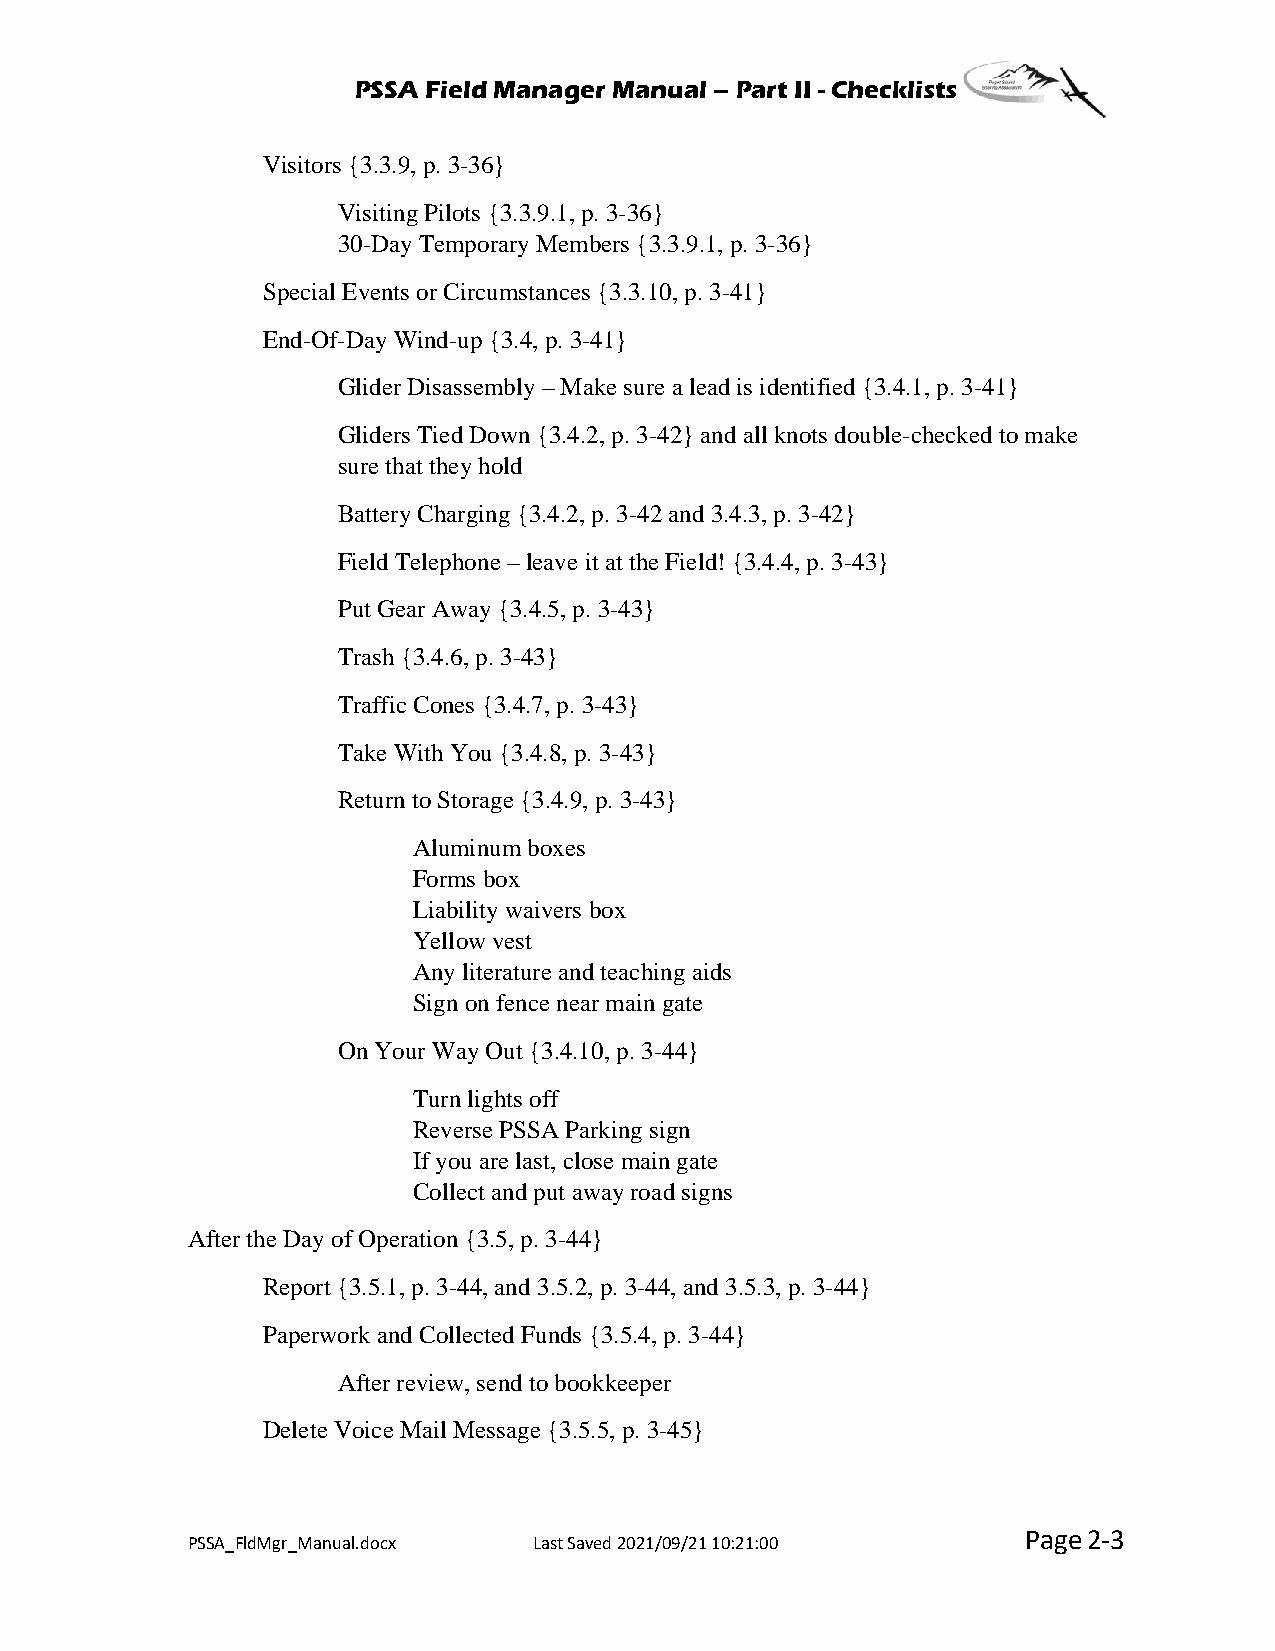
PSSA Field Manager Manual – Part II - Checklists
 Visitors {3.3.9, p. 3-36}
 Visiting Pilots {3.3.9.1, p. 3-36}
 30-Day Temporary Members {3.3.9.1, p. 3-36}
 Special Events or Circumstances {3.3.10, p. 3-41}
 End-Of-Day Wind-up {3.4, p. 3-41}
 Glider Disassembly – Make sure a lead is identified {3.4.1, p. 3-41}
 Gliders Tied Down {3.4.2, p. 3-42} and all knots double-checked to make
 sure that they hold
 Battery Charging {3.4.2, p. 3-42 and 3.4.3, p. 3-42}
 Field Telephone – leave it at the Field! {3.4.4, p. 3-43}
 Put Gear Away {3.4.5, p. 3-43}
 Trash {3.4.6, p. 3-43}
 Traffic Cones {3.4.7, p. 3-43}
 Take With You {3.4.8, p. 3-43}
 Return to Storage {3.4.9, p. 3-43}
 Aluminum boxes
 Forms box
 Liability waivers box
 Yellow vest
 Any literature and teaching aids
 Sign on fence near main gate
 On Your Way Out {3.4.10, p. 3-44}
 Turn lights off
 Reverse PSSA Parking sign
 If you are last, close main gate
 Collect and put away road signs
 After the Day of Operation {3.5, p. 3-44}
 Report {3.5.1, p. 3-44, and 3.5.2, p. 3-44, and 3.5.3, p. 3-44}
 Paperwork and Collected Funds {3.5.4, p. 3-44}
 After review, send to bookkeeper
 Delete Voice Mail Message {3.5.5, p. 3-45}
 Page2-3
 PSSA_FldMgr_Manual.docx Last Saved 2021/09/21 10:21:00